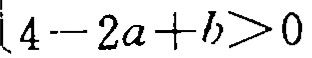
\(4 - 2a + b>0\)